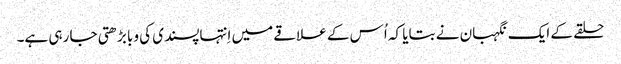
‏ حلقے کے ایک نگہبان نے بتایا کہ اُس کے علاقے میں اِنتہاپسندی کی وبا بڑھتی جا رہی ہے۔